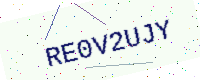
Text: RE0V2UJY